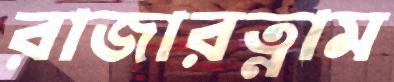
রাজারত্নাম